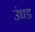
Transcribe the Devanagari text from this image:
उंधड